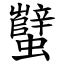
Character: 蠥